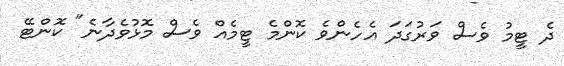
ދެ ޓީމު ވެސް ވަރުގަދަ އެހެންވެ ކޮންމެ ޓީމެއް ވެސް މޮޅުވެދާނެ" ކޮންޓޭ